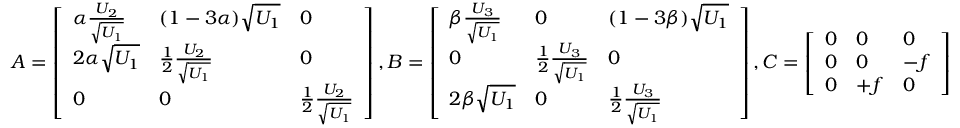
A = \left[ \begin{array} { l l l } { \alpha \frac { U _ { 2 } } { \sqrt { U _ { 1 } } } } & { ( 1 - 3 \alpha ) \sqrt { U _ { 1 } } } & { 0 } \\ { 2 \alpha \sqrt { U _ { 1 } } } & { \frac { 1 } { 2 } \frac { U _ { 2 } } { \sqrt { U _ { 1 } } } } & { 0 } \\ { 0 } & { 0 } & { \frac { 1 } { 2 } \frac { U _ { 2 } } { \sqrt { U _ { 1 } } } } \end{array} \right] , B = \left[ \begin{array} { l l l } { \beta \frac { U _ { 3 } } { \sqrt { U _ { 1 } } } } & { 0 } & { ( 1 - 3 \beta ) \sqrt { U _ { 1 } } } \\ { 0 } & { \frac { 1 } { 2 } \frac { U _ { 3 } } { \sqrt { U _ { 1 } } } } & { 0 } \\ { 2 \beta \sqrt { U _ { 1 } } } & { 0 } & { \frac { 1 } { 2 } \frac { U _ { 3 } } { \sqrt { U _ { 1 } } } } \end{array} \right] , C = \left[ \begin{array} { l l l } { 0 } & { 0 } & { 0 } \\ { 0 } & { 0 } & { - f } \\ { 0 } & { + f } & { 0 } \end{array} \right]